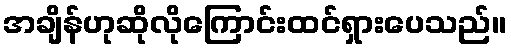
အချိန်ဟုဆိုလိုကြောင်းထင်ရှားပေသည်။